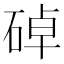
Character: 䂽